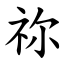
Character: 祢